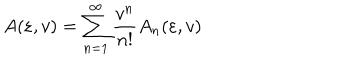
LaTeX: A ( \varepsilon , v ) = \sum _ { n = 1 } ^ { \infty } { \frac { v ^ { n } } { n ! } } A _ { n } ( \varepsilon , v )